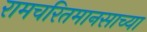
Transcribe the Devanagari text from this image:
रामचरितमानसाच्या